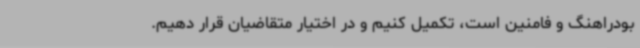
بودراهنگ و فامنین است، تکمیل کنیم و در اختیار متقاضیان قرار دهیم.